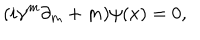
( i \gamma ^ { m } \partial _ { m } + m ) \psi ( x ) = 0 ,